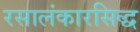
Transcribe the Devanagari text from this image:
रसालंकारसिद्ध